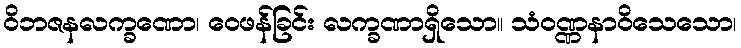
ဝိဘဇနလက္ခဏော၊ ဝေဖန်ခြင်း လက္ခဏာရှိသော။ သံဝဏ္ဏနာဝိသေသော၊